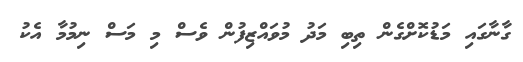
ގާނާގައި މަޑުކޮށްގެން ތިބި މަދު މުވައްޒިފުން ވެސް މި މަސް ނިމުމާ އެކު